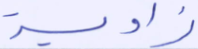
زاوية